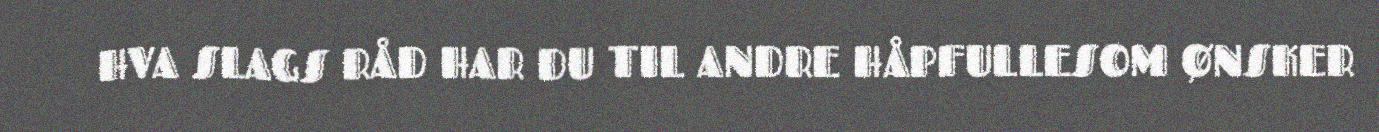
HVA SLAGS RÅD HAR DU TIL ANDRE HÅPFULLESOM ØNSKER